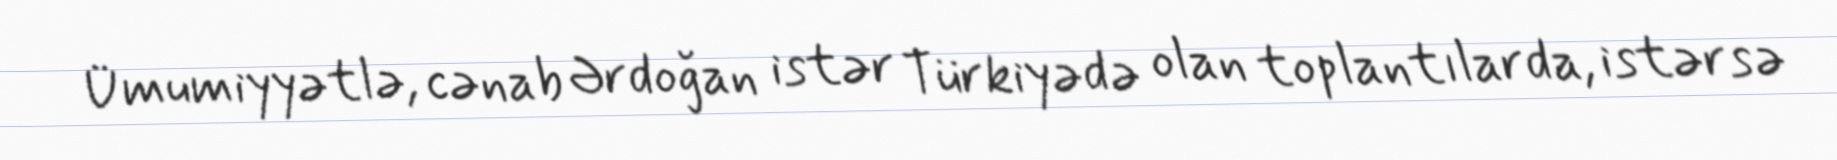
Ümumiyyətlə, cənab Ərdoğan istər Türkiyədə olan toplantılarda, istərsə